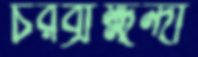
চরব্রাহ্মন্দী